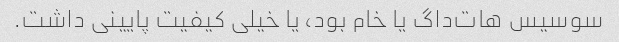
سوسیس هات‌داگ یا خام بود، یا خیلی کیفیت پایینی داشت.